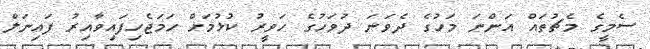
ސެމީގެ މެޗުތައް އަންނަ މަހުގެ ދެވަނަ ދުވަހުގެ ހަވީރު ކުޅުމަށް ހަމަޖެހިފައިވާއިރު ފައިނަލް